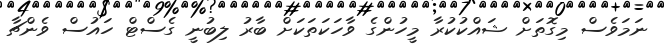
ނަމަވެސް މިގޮތަށް ޝައްކުކުރާ މީހުންގެ ވާހަކަތަކަށް ބާރު ލިބުނީ ގެސްޓް ހައުސް ވެންޗާ